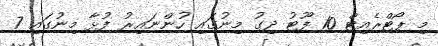
މި ޕޯޓްރެއިޓް 10 ފޫޓު ދިގު މިނުގައި ހުންނައިރު ފުޅާ މިނުގައި 7